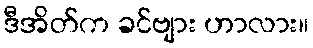
ဒီအိတ်က ခင်ဗျား ဟာလား။